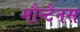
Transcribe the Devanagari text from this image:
मौन्टैनस